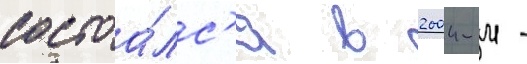
состоа́лс'я в 2004-м -